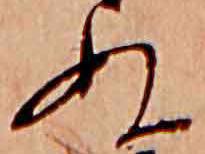
ぬ